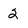
Character: 2